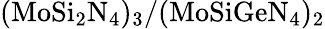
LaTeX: \mathrm{(MoSi_{2}N_{4})_{3}/(MoSiGeN_{4})_{2}}